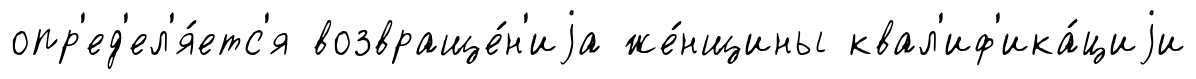
опр'ед'ел'я́етс'я возвраще́н'иjа же́нщины квал'иф'ика́циjи